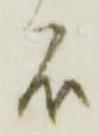
石